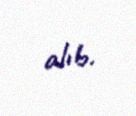
alıb.